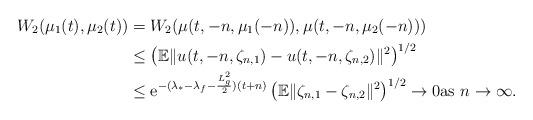
LaTeX: \begin{align*} W_{2}(\mu_{1}(t),\mu_{2}(t))& =W_{2}(\mu(t,-n,\mu_{1}(-n)),\mu(t,-n,\mu_{2}(-n))) \\& \leq \left(\mathbb E\|u(t,-n,\zeta_{n,1}) -u(t,-n,\zeta_{n,2})\|^{2}\right)^{1/2} \\& \leq {\rm{e}}^{-(\lambda_{*}-\lambda_{f}-\frac{L_{g}^{2}}{2})(t+n)} \left(\mathbb E\|\zeta_{n,1}-\zeta_{n,2}\|^{2}\right)^{1/2} \rightarrow0 {\rm{as}}~n\rightarrow\infty.\end{align*}